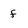
Character: f